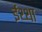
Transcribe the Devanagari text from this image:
ईथ्था